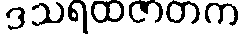
ဒသရထဇာတက